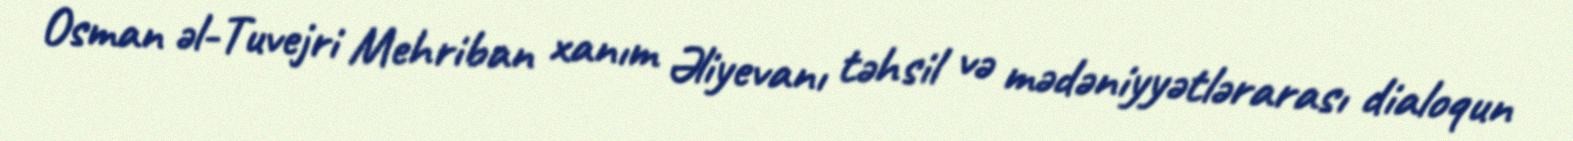
Osman əl-Tuvejri Mehriban xanım Əliyevanı təhsil və mədəniyyətlərarası dialoqun